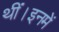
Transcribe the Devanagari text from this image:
थीं।इनमें